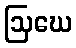
ဩဃေ